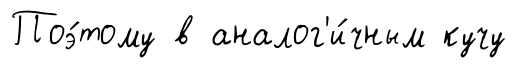
Поэ́тому в аналог'и́чным кучу